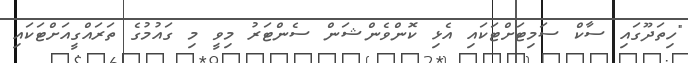
"ހިތަދޫގައި ސާކް ސަމިޓަށްޓަކައި އެޅި ކޮންވެންޝަން ސެންޓަރު މިވީ މި ގައުމުގެ ތަރައްގީއަށްޓަކައި